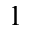
_ 1